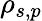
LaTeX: \rho_{s,p}